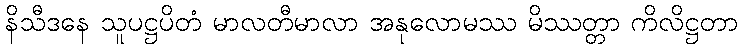
နိသီဒနေ သူပဋ္ဌပိတံ မာလတီမာလာ အနုလောမဿ မိဿတ္တာ ကိလိဋ္ဌတာ